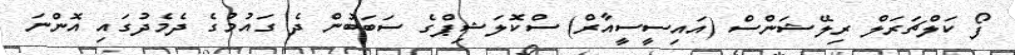
ފޯ ކަލްޗަރަލް ރިލޭޝަންސް (އައިސީސީއާރް) ސްކޮލަޝިޕްގެ ސަބަބުން ދެ ގައުމުގެ ދެމެދުގައި އޮންނަ